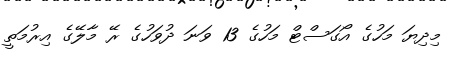
މިދިޔަ މަހުގެ އޯގަސްޓް މަހުގެ 13 ވަނަ ދުވަހުގެ ރޭ މާލޭގެ އިރުމަތީ